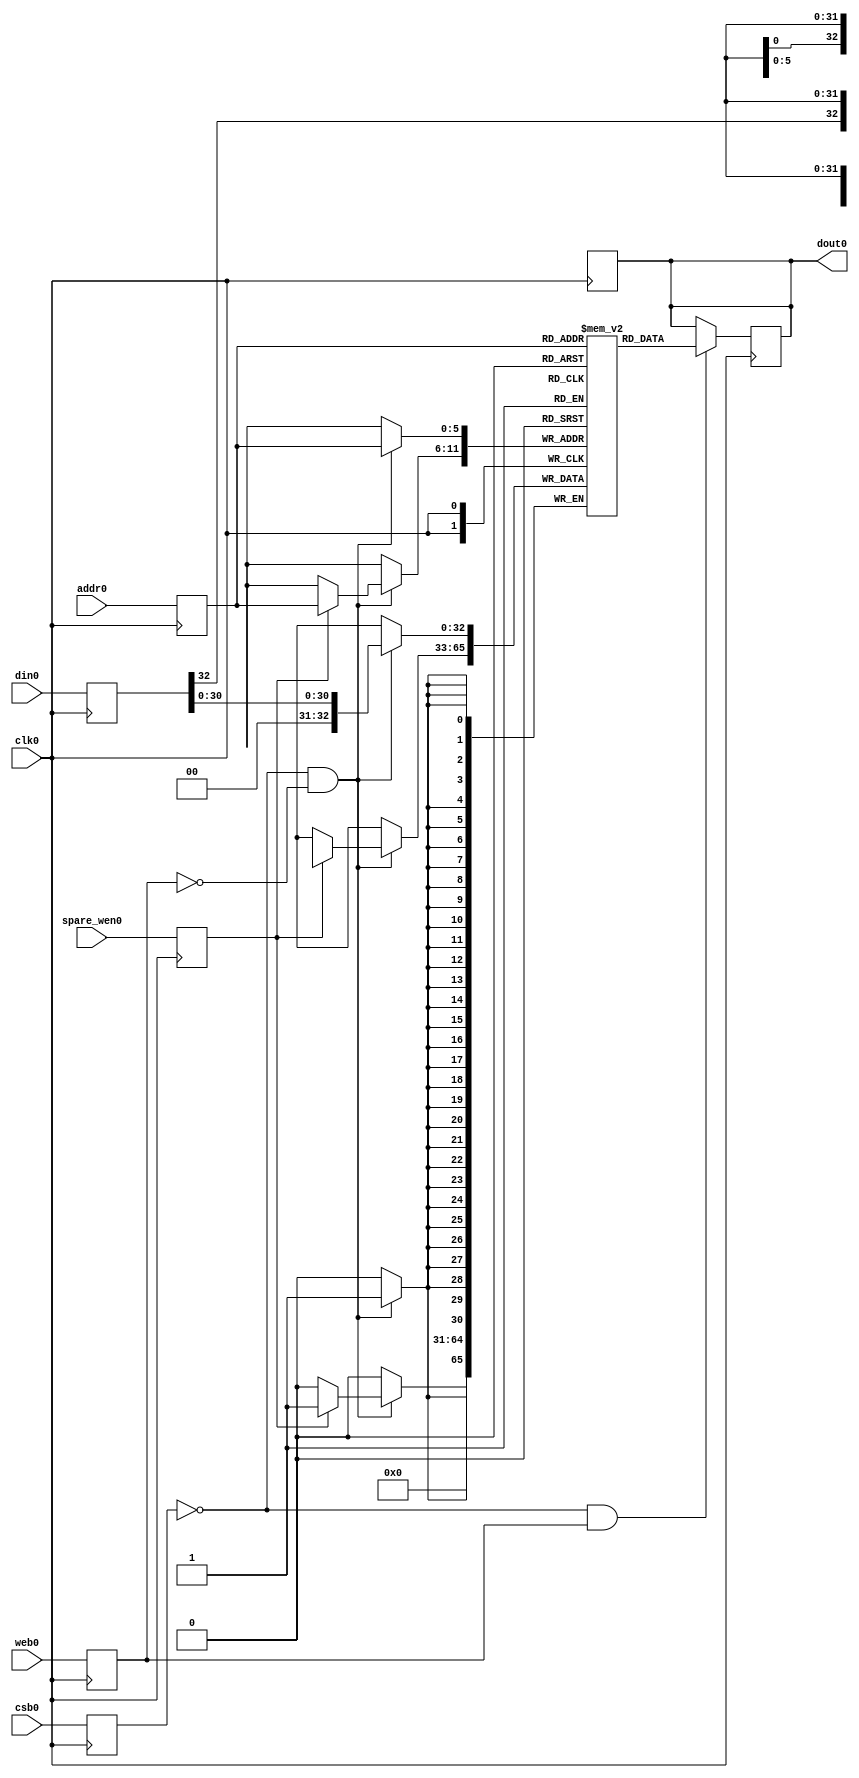
module sram_32_32_sky130(
`ifdef USE_POWER_PINS
    vccd1,
    vssd1,
`endif
// Port 0: RW
    clk0,csb0,web0,spare_wen0,addr0,din0,dout0
  );

  parameter DATA_WIDTH = 33 ;
  parameter ADDR_WIDTH = 6 ;
  parameter RAM_DEPTH = 1 << ADDR_WIDTH;
  // FIXME: This delay is arbitrary.
  parameter DELAY = 3 ;
  parameter VERBOSE = 1 ; //Set to 0 to only display warnings
  parameter T_HOLD = 1 ; //Delay to hold dout value after posedge. Value is arbitrary

`ifdef USE_POWER_PINS
    inout vccd1;
    inout vssd1;
`endif
  input  clk0; // clock
  input   csb0; // active low chip select
  input  web0; // active low write control
  input [ADDR_WIDTH-1:0]  addr0;
  input           spare_wen0; // spare mask
  input [DATA_WIDTH-1:0]  din0;
  output [DATA_WIDTH-1:0] dout0;

  reg  csb0_reg;
  reg  web0_reg;
  reg spare_wen0_reg;
  reg [ADDR_WIDTH-1:0]  addr0_reg;
  reg [DATA_WIDTH-1:0]  din0_reg;
  reg [DATA_WIDTH-1:0]  dout0;

  // All inputs are registers
  always @(posedge clk0)
  begin
    csb0_reg = csb0;
    web0_reg = web0;
    spare_wen0_reg = spare_wen0;
    addr0_reg = addr0;
    din0_reg = din0;
    #(T_HOLD) dout0 = 32'bx;
    if ( !csb0_reg && web0_reg && VERBOSE ) 
      $display($time," Reading %m addr0=%b dout0=%b",addr0_reg,mem[addr0_reg]);
    if ( !csb0_reg && !web0_reg && VERBOSE )
      $display($time," Writing %m addr0=%b din0=%b",addr0_reg,din0_reg);
  end

reg [DATA_WIDTH-1:0]    mem [0:RAM_DEPTH-1];

  // Memory Write Block Port 0
  // Write Operation : When web0 = 0, csb0 = 0
  always @ (negedge clk0)
  begin : MEM_WRITE0
    if ( !csb0_reg && !web0_reg ) begin
        mem[addr0_reg][30:0] = din0_reg[30:0];
        if (spare_wen0_reg)
                mem[addr0_reg][32] = din0_reg[32];
    end
  end

  // Memory Read Block Port 0
  // Read Operation : When web0 = 1, csb0 = 0
  always @ (negedge clk0)
  begin : MEM_READ0
    if (!csb0_reg && web0_reg)
       dout0 <= #(DELAY) mem[addr0_reg];
  end

endmodule